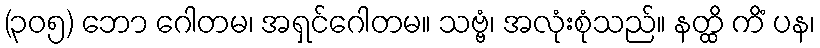
(၃၀၅) ဘော ဂေါတမ၊ အရှင်ဂေါတမ။ သဗ္ဗံ၊ အလုံးစုံသည်။ နတ္ထိ ကိံ ပန၊